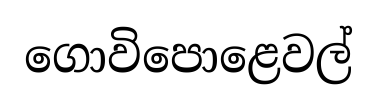
ගොවිපොළෙවල්